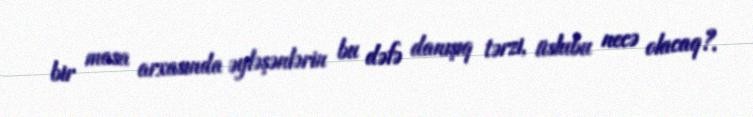
bir masa arxasında əyləşənlərin bu dəfə danışıq tərzi, üslubu necə olacaq?.